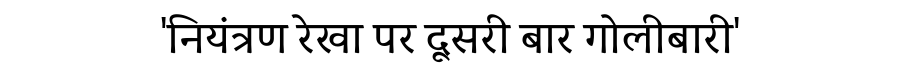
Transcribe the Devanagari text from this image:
'नियंत्रण रेखा पर दूसरी बार गोलीबारी'